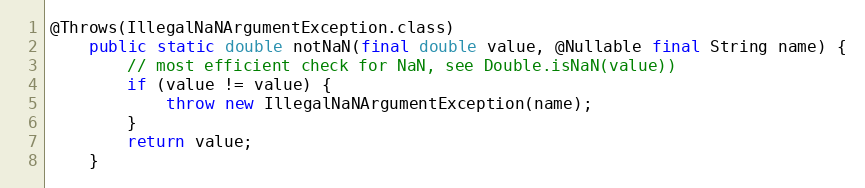
Language: Java
@Throws(IllegalNaNArgumentException.class)
	public static double notNaN(final double value, @Nullable final String name) {
		// most efficient check for NaN, see Double.isNaN(value))
		if (value != value) {
			throw new IllegalNaNArgumentException(name);
		}
		return value;
	}